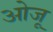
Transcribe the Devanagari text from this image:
ओजू